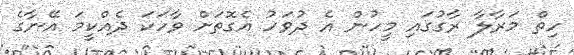
ހިތް މަރާލާ ރާގުގައި މީހުން އެ ދުވަހު އެގޮތަށް ވާހަކަ ދެއްކީމަ އޭނާގެ